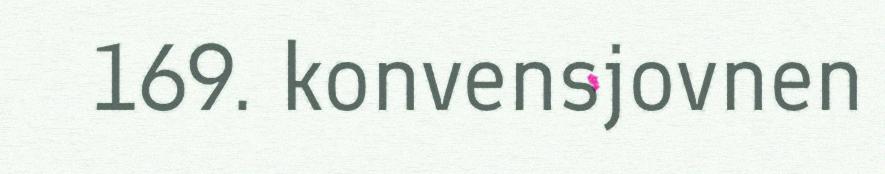
169. konvensjovnen